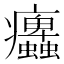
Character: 𤼜